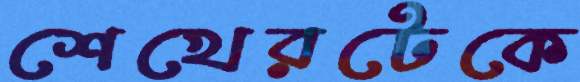
শেখেরটেকে